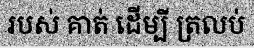
របស់ គាត់ ដើម្បី ត្រលប់